Note on the mental hospitals in Burma - 1925-1940
Year: 1925
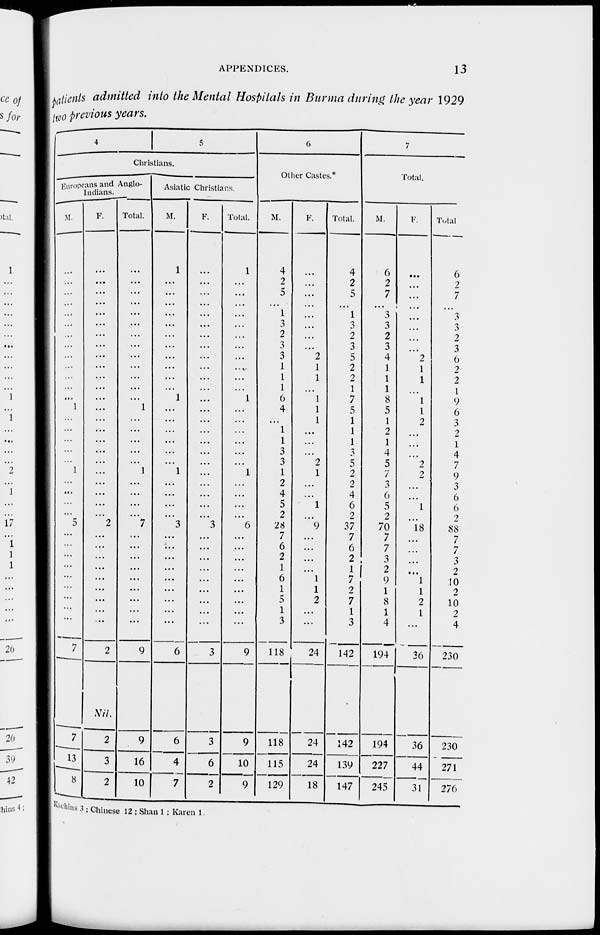
APPENDICES.
13
patients admitted into the Mental Hospitals in Burma during the year 1929
two previous years.
4
5
Christians.
Europeans and Anglo-
Indians.
M.
...
...
...
...
...
...
...
...
...
...
...
...
...
1
...
...
...
...
...
1
...
...
...
...
5
...
...
...
...
...
...
...
...
...
7
7
13
8
F.
...
...
...
...
...
...
...
...
...
...
...
...
...
...
...
...
...
...
...
...
...
...
...
...
2
...
...
...
...
...
...
...
...
...
2
Nil.
2
3
2
Total.
...
...
...
...
...
...
...
...
...
...
...
...
...
1
...
...
...
...
...
1
...
...
...
...
7
...
...
...
...
...
...
...
...
...
9
9
16
10
Asiatic Christians.
M.
1
...
...
... ...
...
...
...
...
...
...
...
1
...
...
...
...
...
...
1
...
...
...
...
3
...
...
...
...
...
...
...
...
...
6
6
4
7
F.
...
...
...
...
...
...
...
...
...
...
...
...
...
...
...
...
...
...
...
...
...
...
...
...
3
...
...
...
...
...
...
...
...
...
3
3
6
2
Total.
1
...
...
... ...
...
...
...
...
...
...
...
1
...
...
...
...
...
...
1
...
...
...
...
6
...
...
...
...
...
...
...
...
...
9
9
10
9
6
Other Castes.*
M.
4
2
5
...
1
3
2
3
3
1
1
1
6
4
...
1
1
3
3
1
2
4
5
2
28
7
6
2
1
6
1
5
1
3
118
118
115
129
F.
...
...
...
...
...
...
...
...
2
1
1
...
1
1
1
...
...
...
2
1
...
...
1
...
9
...
...
...
...
1
1
2
...
...
24
24
24
18
Total.
4
2
5
...
1
3
2
3
5
2
2
1
7
5
1
1
1
3
5
2
2
4
6
2
37
7
6
2
1
7
2
7
1
3
142
142
139
147
7
Total.
M.
6
2
7
...
3
3
2
3
4
1
1
1
8
5
1
2
1
4
5
7
3
6
5
2
70
7
7
3
2
9
1
8
1
4
194
194
227
245
F.
...
...
...
...
...
...
...
...
2
1
1
...
1
1
2
...
...
...
2
2
...
...
1
...
18
...
...
...
...
1
1
2
1
...
36
36
44
31
Total.
6
2
7
...
3
3
2
3
6
2
2
1
9
6
3
2
1
4
7
9
3
6
6
2
88
7
7
3
2
10
2
10
2
4
230
230
271
276
Kachins
3 ; Chinese 12 ; Shan 1 ; Karen 1.